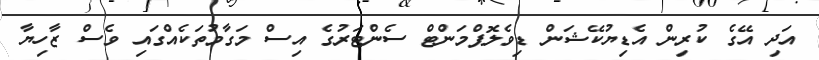
އަދި އޭގެ ކުރިން އެޑިޔުކޭޝަން ޑިވެލޮޕްމަންޓް ސެންޓަރުގެ އިސް މަގާމުތަކެއްގައި ވެސް ޒާހިޔާ